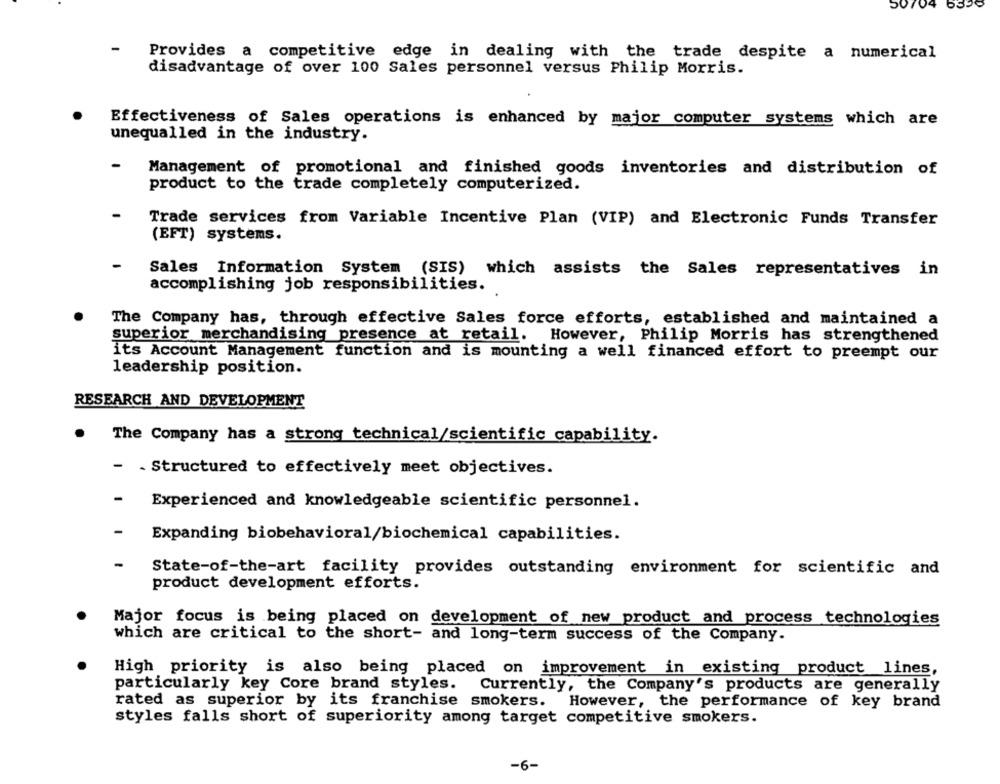
50704 6356
Provides a competitive edge in dealing with the trade despite a numerical
disadvantage of over 100 Sales personnel versus Philip Morris.
Effectiveness of Sales operations is enhanced by major computer systems which are
unequalled in the industry.
Management of promotional and finished goods inventories and distribution of
product to the trade completely computerized.
Trade services from Variable Incentive Plan (VIP) and Electronic Funds Transfer
(EFT) systems.
Sales Information System (SIS) which assists the Sales representatives in
accomplishing job responsibilities.
The Company has, through effective Sales force efforts, established and maintained a
superior merchandising presence at retail. However, Philip Morris has strengthened
its Account Management function and is mounting a well financed effort to preempt our
leadership position.
RESEARCH AND DEVELOPMENT
The Company has a strong technical/scientific capability.
- . Structured to effectively meet objectives.
-
Experienced and knowledgeable scientific personnel.
-
Expanding biobehavioral/biochemical capabilities.
State-of-the-art facility provides outstanding environment for scientific and
product development efforts.
Major focus is being placed on development of new product and process technologies
which are critical to the short- and long-term success of the Company.
High priority is also being placed on improvement in existing product lines,
particularly key Core brand styles.
Currently, the Company's products are generally
rated as superior by its franchise smokers. However, the performance of key brand
styles falls short of superiority among target competitive smokers.
-6-